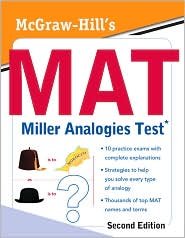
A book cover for McGraw-Hill's MAT Miller Analogies Test 2nd (second) edition Text Only; Kathy Zahler; Test Preparation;